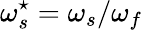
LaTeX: \omega_{s}^{\star}=\omega_{s}/\omega_{f}